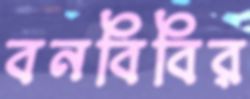
বনবিবির